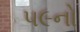
૫૯નો